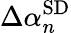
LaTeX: \Delta\alpha_{n}^{\mathrm{SD}}